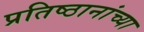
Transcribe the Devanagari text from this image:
प्रतिष्ठानांच्या